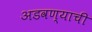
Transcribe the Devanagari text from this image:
अडवण्याची